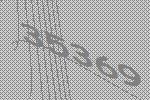
35369